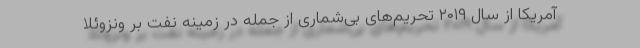
آمریکا از سال ۲۰۱۹ تحریم‌های بی‌شماری از جمله در زمینه نفت بر ونزوئلا